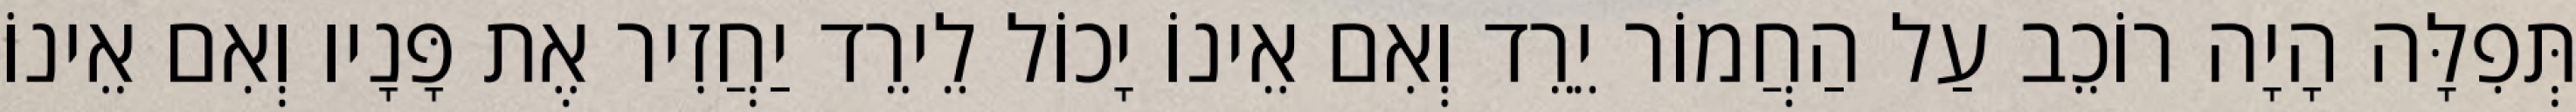
תְּפִלָּה הָיָה רוֹכֵב עַל הַחֲמוֹר יֵרֵד וְאִם אֵינוֹ יָכוֹל לֵירֵד יַחֲזִיר אֶת פָּנָיו וְאִם אֵינוֹ